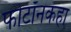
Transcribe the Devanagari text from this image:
फोटॉनकहा